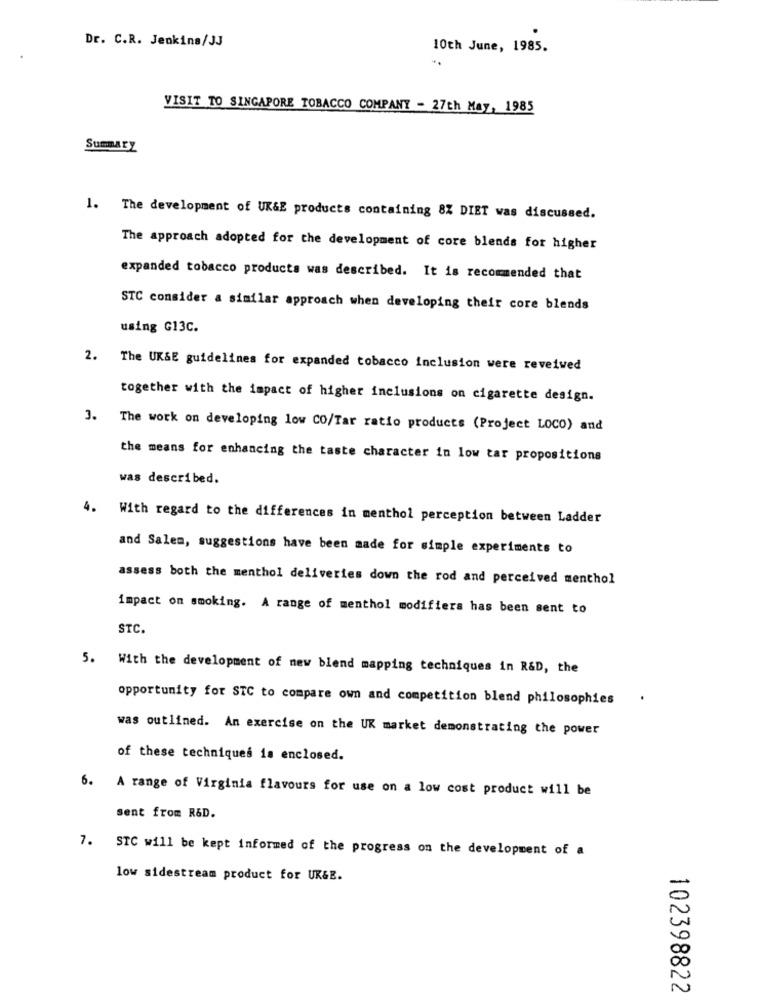
Dr. C.R. Jenkins/JJ
10th June, 1985.
VISIT TO SINGAPORE TOBACCO COMPANY - 27th May, 1985
Summary
1. The development of UK&E products containing 8% DIET was discussed.
The approach adopted for the development of core blends for higher
expanded tobacco products was described. It is recommended that
STC consider a similar approach when developing their core blends
using G13C.
2. The UK&E guidelines for expanded tobacco inclusion were reveived
together with the impact of higher inclusions on cigarette design.
3. The work on developing low CO/Tar ratio products (Project LOCO) and
the means for enhancing the taste character in low tar propositions
was described.
. With regard to the differences in menthol perception between Ladder
and Salem, suggestions have been made for simple experiments to
assess both the menthol deliveries down the rod and perceived menthol
impact on smoking. A range of menthol modifiers has been sent to
STC.
5. With the development of new blend mapping techniques in R&D, the
opportunity for STC to compare own and competition blend philosophies
was outlined. An exercise on the UK market demonstrating the power
of these techniques is enclosed.
6. A range of Virginia flavours for use on a low cost product will be
sent from R&D.
7. STC will be kept informed of the progress on the development of a
low sidestream product for UK&E.
0
0
102398822